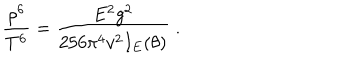
\frac { \rho ^ { 6 } } { T ^ { 6 } } = \frac { E ^ { 2 } g ^ { 2 } } { 2 5 6 \pi ^ { 4 } v ^ { 2 } I _ { E } ( \theta ) } \; .